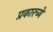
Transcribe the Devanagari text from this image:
प्रकारच्ये